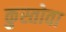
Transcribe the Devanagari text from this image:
कुस्तोवा